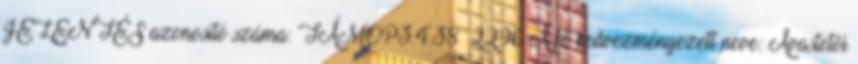
JELENTÉS azonosító száma: TÁMOP3.4.38 2296 A fő kedvezményezett neve: Avastetõi